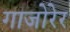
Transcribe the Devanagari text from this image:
गाजोरेर